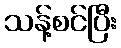
သန့်စင်ပြီး